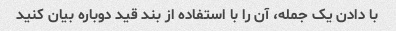
با دادن یک جمله، آن را با استفاده از بند قید دوباره بیان کنید